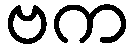
ဗက